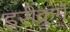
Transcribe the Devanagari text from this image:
इरीकुमे